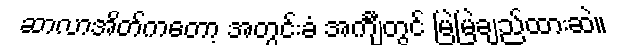
ဆာလာအိတ်ကတော့ အတွင်းခံ အင်္ကျီတွင် မြဲမြဲချည်ထားဆဲ။